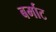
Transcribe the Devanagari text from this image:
बर्माट